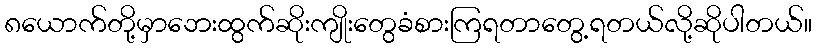
၈ယောက်တို့မှာဘေးထွက်ဆိုးကျိုးတွေခံစားကြရတာတွေ့ရတယ်လို့ဆိုပါတယ်။